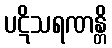
ပဋိသရဏန္တိ